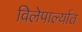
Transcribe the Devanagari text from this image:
विलेपार्ल्यात